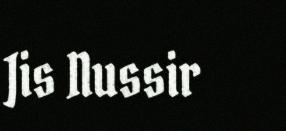
Jis Nussir